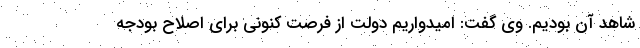
شاهد آن بودیم. وی گفت: امیدواریم دولت از فرصت کنونی برای اصلاح بودجه